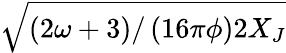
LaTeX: \sqrt{\left({2\omega+3}\right)/\left({16\pi\phi}\right)2X_{J}}